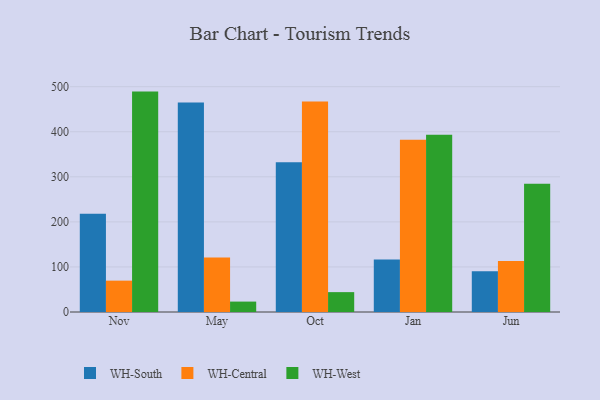
{"axis": {"x": "Month", "y": "Bounce Rate (%)"}, "legend": ["WH-Central", "WH-South", "WH-West"], "data": [{"x": "Nov", "y": 218.3, "type": "WH-South"}, {"x": "Nov", "y": 69.6, "type": "WH-Central"}, {"x": "Nov", "y": 489.1, "type": "WH-West"}, {"x": "May", "y": 464.8, "type": "WH-South"}, {"x": "May", "y": 121.2, "type": "WH-Central"}, {"x": "May", "y": 23.1, "type": "WH-West"}, {"x": "Oct", "y": 332.5, "type": "WH-South"}, {"x": "Oct", "y": 467.1, "type": "WH-Central"}, {"x": "Oct", "y": 44.1, "type": "WH-West"}, {"x": "Jan", "y": 116.5, "type": "WH-South"}, {"x": "Jan", "y": 382.2, "type": "WH-Central"}, {"x": "Jan", "y": 393.6, "type": "WH-West"}, {"x": "Jun", "y": 90.4, "type": "WH-South"}, {"x": "Jun", "y": 113.3, "type": "WH-Central"}, {"x": "Jun", "y": 284.5, "type": "WH-West"}]}